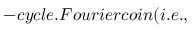
- c y c l e . F o u r i e r c o i n ( i . e . ,